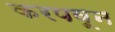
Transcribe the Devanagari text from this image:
करपवून